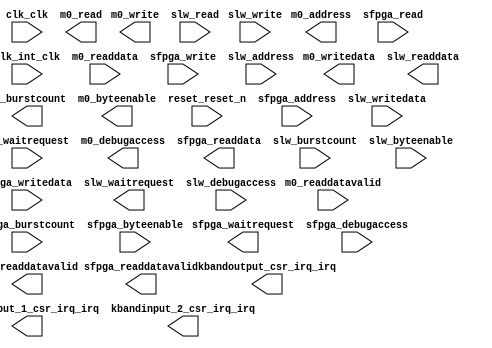

module KBandIPsubAffine (
	clk_clk,
	clk_int_clk,
	kbandinput_1_csr_irq_irq,
	kbandinput_2_csr_irq_irq,
	kbandoutput_csr_irq_irq,
	m0_waitrequest,
	m0_readdata,
	m0_readdatavalid,
	m0_burstcount,
	m0_writedata,
	m0_address,
	m0_write,
	m0_read,
	m0_byteenable,
	m0_debugaccess,
	reset_reset_n,
	sfpga_waitrequest,
	sfpga_readdata,
	sfpga_readdatavalid,
	sfpga_burstcount,
	sfpga_writedata,
	sfpga_address,
	sfpga_write,
	sfpga_read,
	sfpga_byteenable,
	sfpga_debugaccess,
	slw_waitrequest,
	slw_readdata,
	slw_readdatavalid,
	slw_burstcount,
	slw_writedata,
	slw_address,
	slw_write,
	slw_read,
	slw_byteenable,
	slw_debugaccess);	

	input		clk_clk;
	input		clk_int_clk;
	output		kbandinput_1_csr_irq_irq;
	output		kbandinput_2_csr_irq_irq;
	output		kbandoutput_csr_irq_irq;
	input		m0_waitrequest;
	input	[127:0]	m0_readdata;
	input		m0_readdatavalid;
	output	[4:0]	m0_burstcount;
	output	[127:0]	m0_writedata;
	output	[29:0]	m0_address;
	output		m0_write;
	output		m0_read;
	output	[15:0]	m0_byteenable;
	output		m0_debugaccess;
	input		reset_reset_n;
	output		sfpga_waitrequest;
	output	[63:0]	sfpga_readdata;
	output		sfpga_readdatavalid;
	input	[0:0]	sfpga_burstcount;
	input	[63:0]	sfpga_writedata;
	input	[17:0]	sfpga_address;
	input		sfpga_write;
	input		sfpga_read;
	input	[7:0]	sfpga_byteenable;
	input		sfpga_debugaccess;
	output		slw_waitrequest;
	output	[31:0]	slw_readdata;
	output		slw_readdatavalid;
	input	[0:0]	slw_burstcount;
	input	[31:0]	slw_writedata;
	input	[16:0]	slw_address;
	input		slw_write;
	input		slw_read;
	input	[3:0]	slw_byteenable;
	input		slw_debugaccess;
endmodule